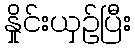
နှိုင်းယှဉ်ပြီး